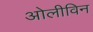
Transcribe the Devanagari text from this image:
ओलीविन